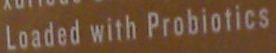
Loaded with Probiotics